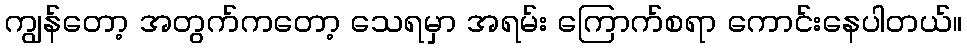
ကျွန်တော့ အတွက်ကတော့ သေရမှာ အရမ်း ကြောက်စရာ ကောင်းနေပါတယ်။